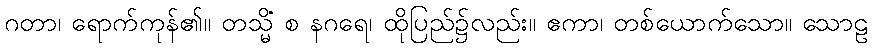
ဂတာ၊ ရောက်ကုန်၏။ တသ္မိံ စ နဂရေ၊ ထိုပြည်၌လည်း။ ဧကာ၊ တစ်ယောက်သော။ သောဠ